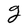
Character: g